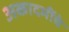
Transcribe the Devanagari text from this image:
अकादमींचे